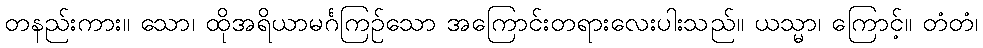
တနည်းကား။ သော၊ ထိုအရိယာမင်္ဂကြဉ်သော အကြောင်းတရားလေးပါးသည်။ ယသ္မာ၊ ကြောင့်။ တံတံ၊